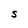
Character: S